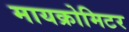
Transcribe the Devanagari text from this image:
मायक्रोमिटर